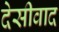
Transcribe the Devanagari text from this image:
देसीवाद